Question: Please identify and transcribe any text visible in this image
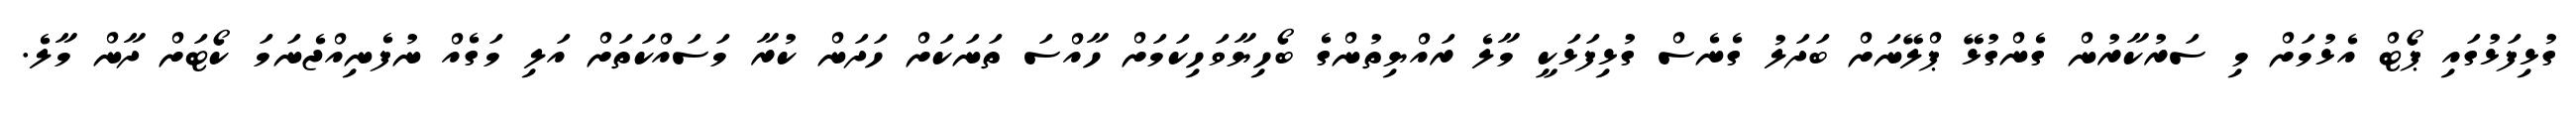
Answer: ގުޅިފަޅުގައި ޕޯޓް އެޅުމަށް މި ސަރުކާރުން ގެންގުޅޭ ޕްލޭނަށް ބަދަލު ގެނެސް ގުޅިފަޅަކީ މާލެ ރައްޔިތުންގެ ބޯހިޔާވަހިކަމަށް ހާއްސަ ތަނަކަށް ހަދަން ކުރާ މަސައްކަތަށް އަލި މަގެއް ނުފެނިއްޖެނަމަ ކޯޓަށް ދާން މާލެ.